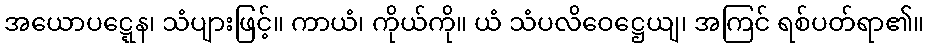
အယောပဋ္ဋေန၊ သံပျားဖြင့်။ ကာယံ၊ ကိုယ်ကို။ ယံ သံပလိဝေဋ္ဌေယျ၊ အကြင် ရစ်ပတ်ရာ၏။